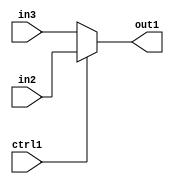
`timescale 1ps / 1ps
/*****************************************************************************
    Verilog RTL Description
    
    
    Created by: Stratus DpOpt 2019.1.01 
*******************************************************************************/

module st_weight_addr_gen_N_Mux_16_2_17_4_10 (
	in3,
	in2,
	ctrl1,
	out1
	); /* architecture "behavioural" */ 
input [15:0] in3,
	in2;
input  ctrl1;
output [15:0] out1;
wire [15:0] asc001;

reg [15:0] asc001_tmp_0;
assign asc001 = asc001_tmp_0;
always @ (ctrl1 or in2 or in3) begin
	case (ctrl1)
		1'B1 : asc001_tmp_0 = in2 ;
		default : asc001_tmp_0 = in3 ;
	endcase
end

assign out1 = asc001;
endmodule

/* CADENCE  uLf5TAo= : u9/ySgnWtBlWxVPRXgAZ4Og= ** DO NOT EDIT THIS LINE ******/